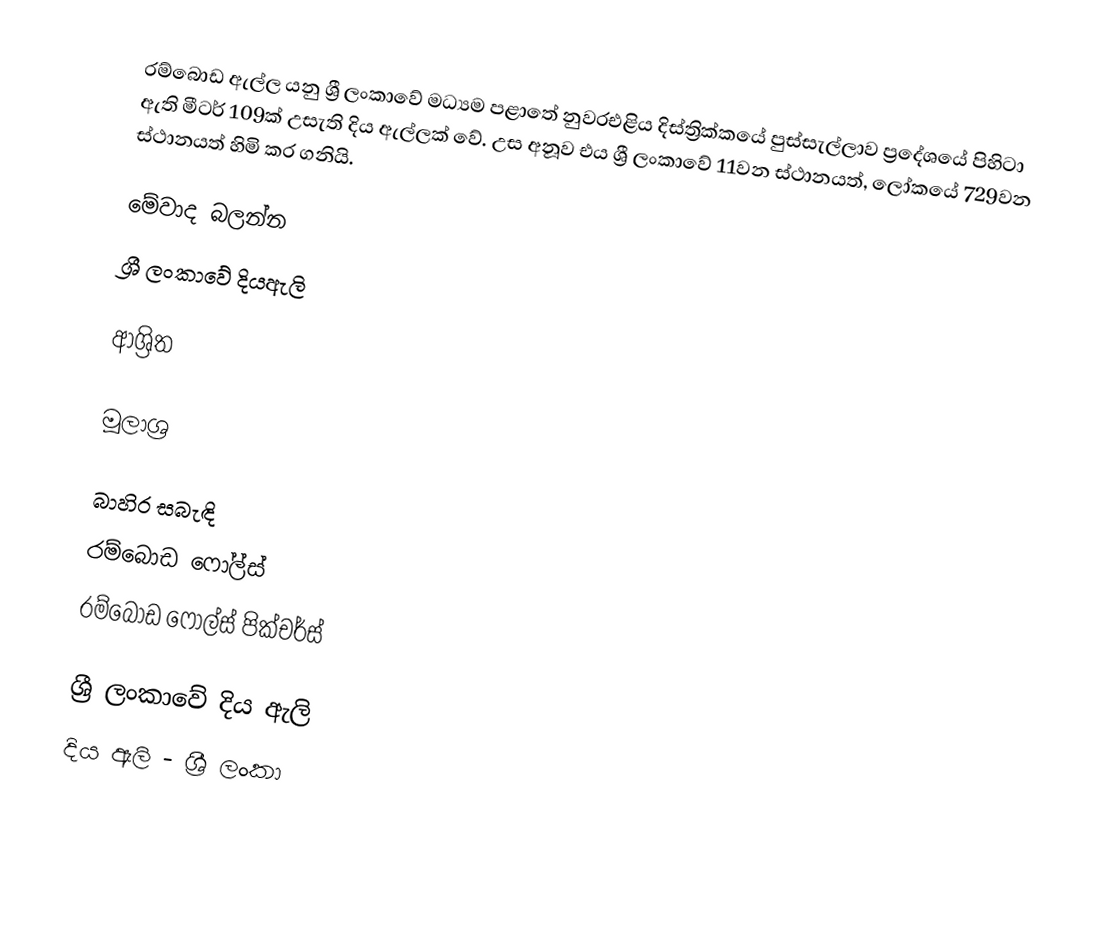
රම්බොඩ ඇල්ල යනු ශ්‍රී ලංකාවේ මධ්‍යම පළාතේ නුවරඑළිය දිස්ත්‍රික්කයේ පුස්සැල්ලාව ප්‍රදේශයේ පිහිටා ඇති මීටර් 109ක් උසැති දිය ඇල්ලක් වේ. උස අනූව එය ශ්‍රී ලංකාවේ 11වන ස්ථානයත්, ලෝකයේ 729වන ස්ථානයත් හිමි කර ගනියි.

මේවාද බලන්න
 ශ්‍රී ලංකාවේ දියඇලි

ආශ්‍රිත

මූලාශ්‍ර

බාහිර සබැඳි
 රම්බොඩ ෆෝල්ස්
 රම්බොඩ ෆෝල්ස් පික්චර්ස්

ශ්‍රී ලංකාවේ දිය ඇලි
දිය ඇලි - ශ්‍රී ලංකා